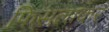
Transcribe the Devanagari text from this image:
फिसलाकर